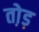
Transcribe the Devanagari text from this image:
तो़ड़